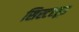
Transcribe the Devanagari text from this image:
सिस्टरहूड